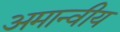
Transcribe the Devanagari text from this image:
अमान्वीय